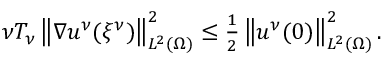
\begin{array} { r } { \nu T _ { \nu } \left\lVert \nabla u ^ { \nu } ( { \xi ^ { \nu } } ) \right\rVert _ { L ^ { 2 } ( \Omega ) } ^ { 2 } \le \frac 1 2 \left\lVert u ^ { \nu } ( 0 ) \right\rVert _ { L ^ { 2 } ( \Omega ) } ^ { 2 } . } \end{array}